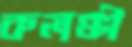
কলঙ্কী